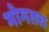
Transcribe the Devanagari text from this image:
भोगतच